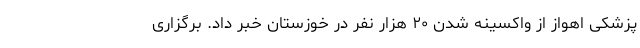
پزشکی اهواز از واکسینه شدن ۲۰ هزار نفر در خوزستان خبر داد. برگزاری